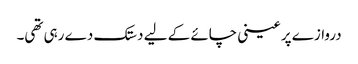
دروازے پر عینی چائے کے لیے دستک دے رہی تھی۔